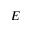
E